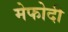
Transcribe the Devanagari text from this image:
मेफोदी